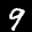
Label: 9